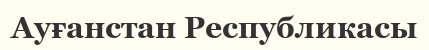
Ауғанстан Республикасы